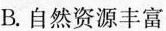
B.自然资源丰富